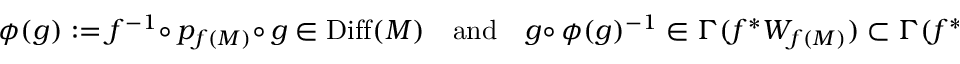
\phi ( g ) : = f ^ { - 1 } \circ \, p _ { f ( M ) } \circ \, g \in \operatorname { D i f f } ( M ) \quad { \mathrm { a n d } } \quad g \circ \, \phi ( g ) ^ { - 1 } \in \Gamma ( f ^ { * } W _ { f ( M ) } ) \subset \Gamma ( f ^ { * } \operatorname { N o r } ( f ( M ) ) ) .